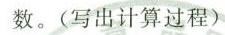
数。(写出计算过程)